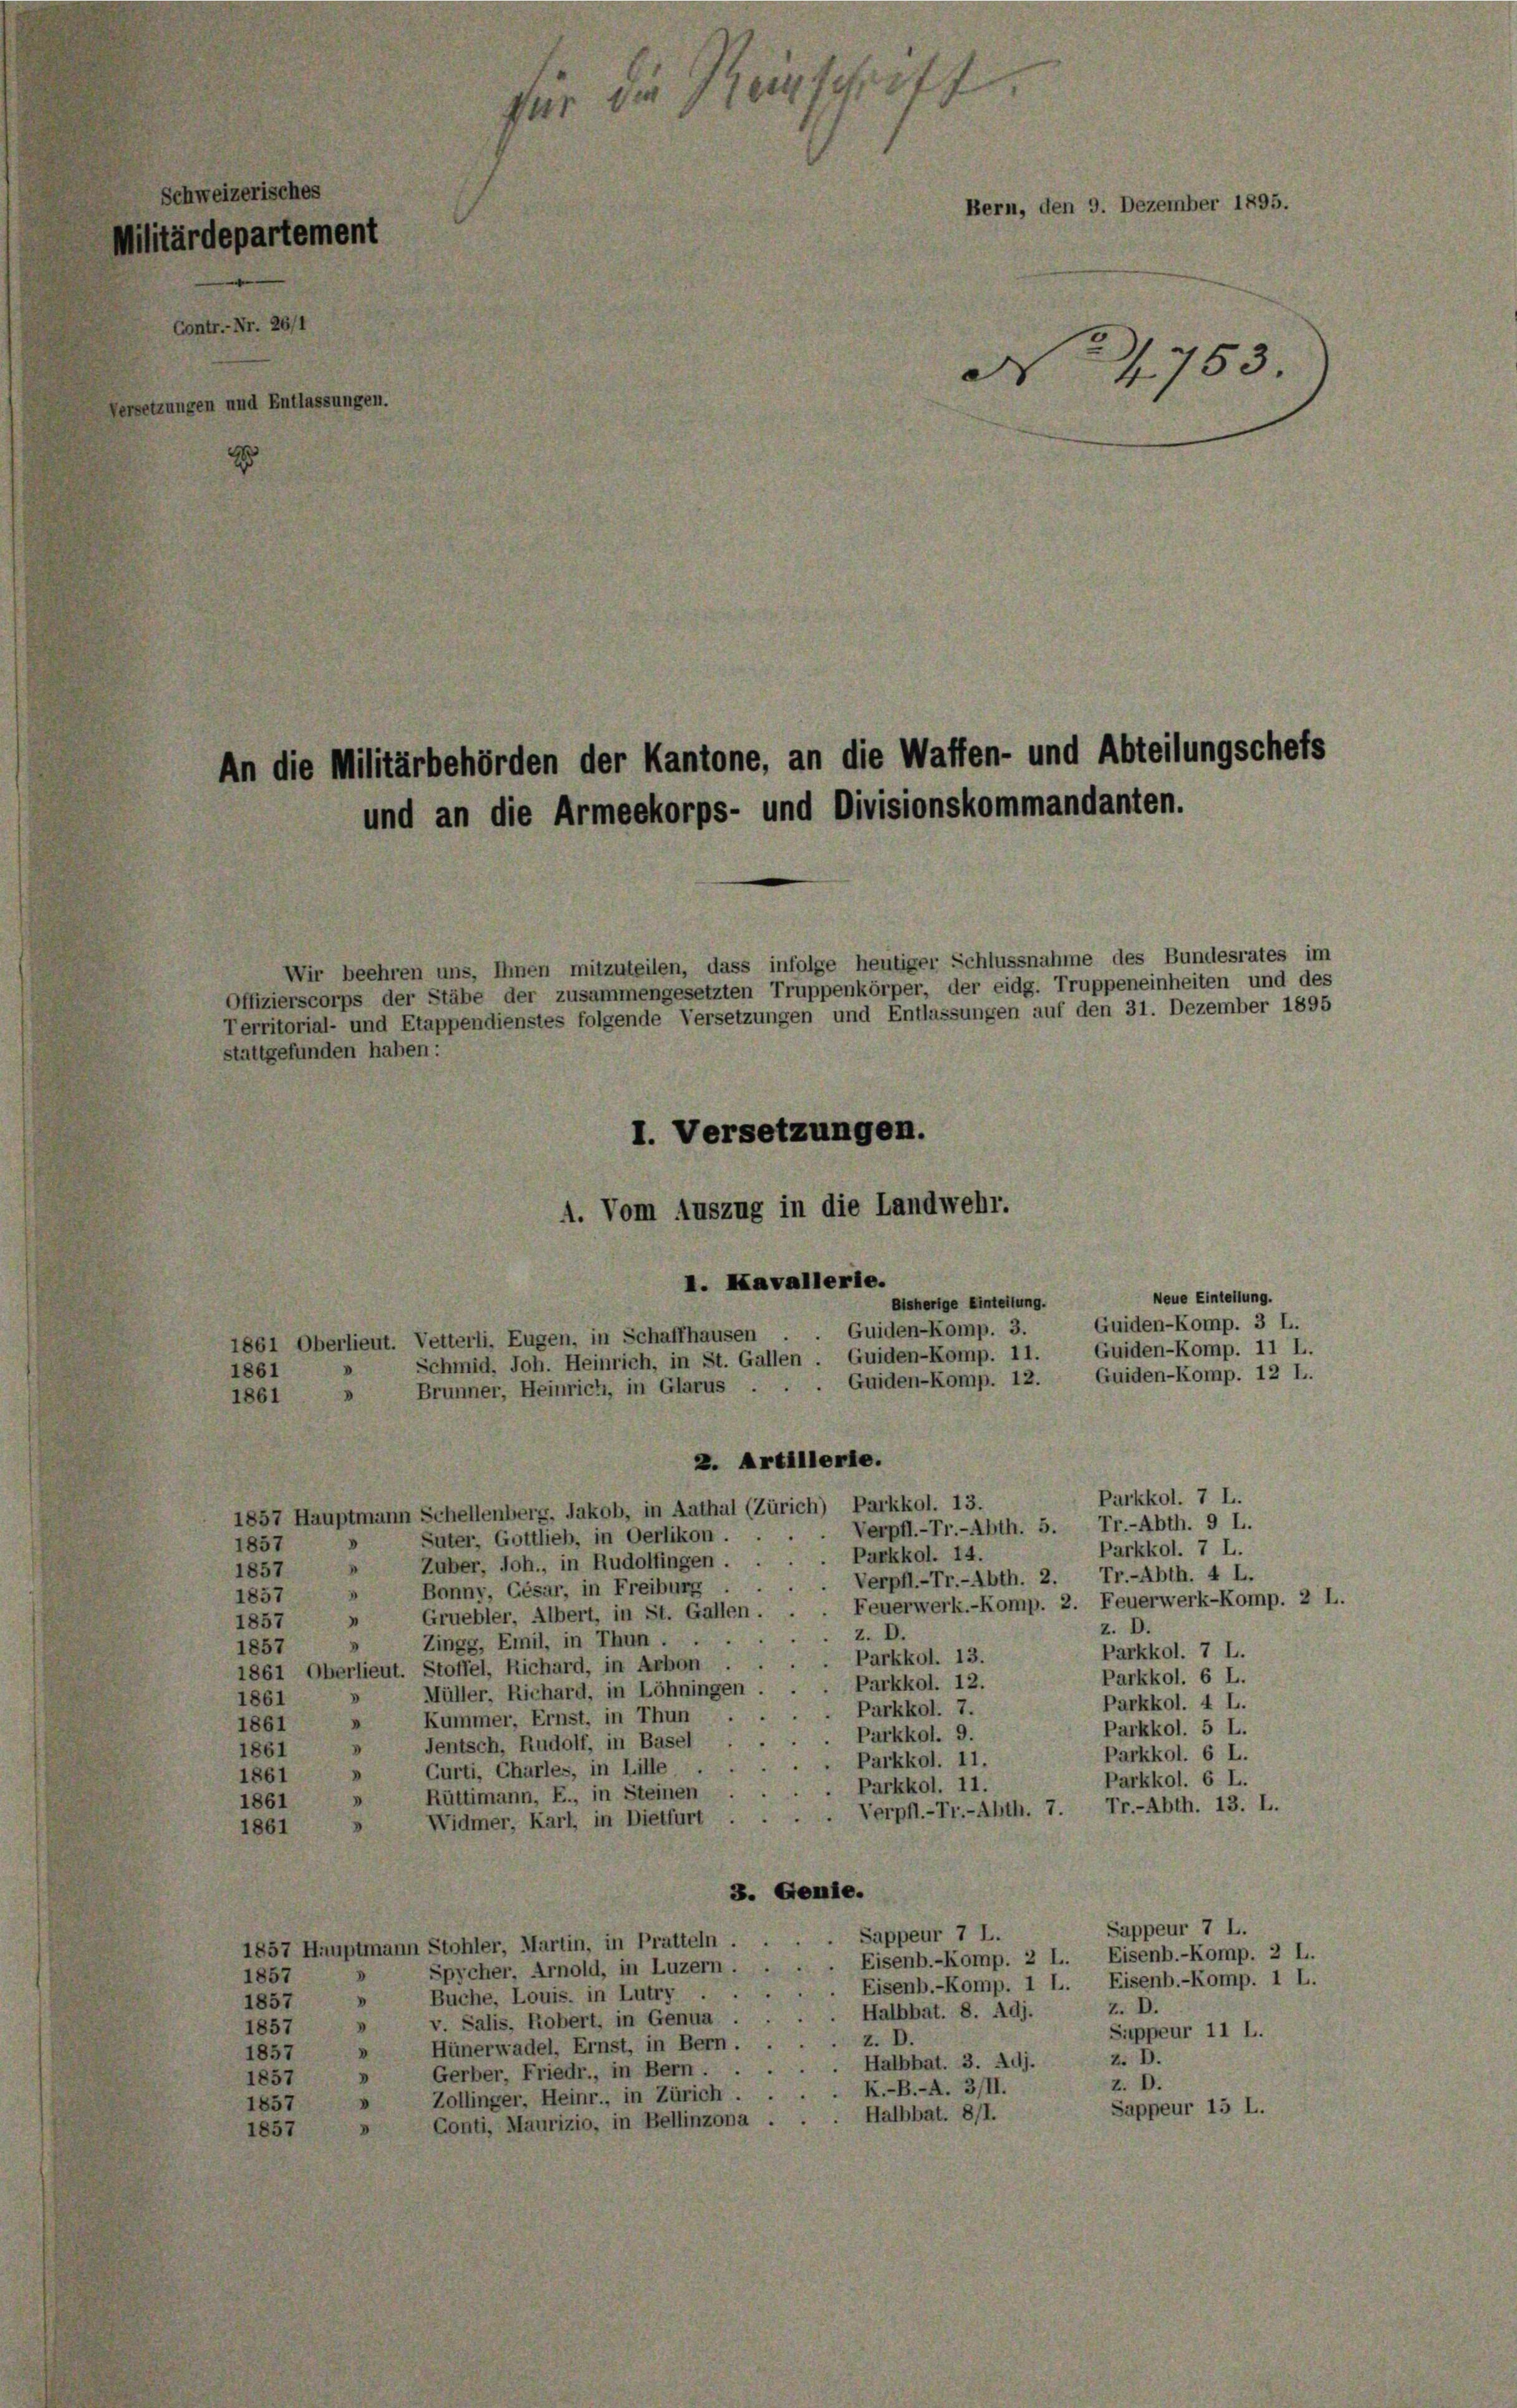
Schweizerisches
Militärdepartement
Contr.-Nr. 26/1
Versetzungen und Entlassungen.

für die 1tergriff
Bern, den 9. Dezember 1895.
A 4753.

An die Militärbehörden der Kantone, an die Waffen- und Abteilungschefs
und an die Armeekorps- und Divisionskommandanten.
Wir beehren uns, Ihnen mitzuteilen, dass infolge heutiger Schlussnahme des Bundesrates im
Offizierscorps der Stäbe der zusammengesetzten Truppenkörper, der eidg. Truppeneinheiten und des
Territorial- und Etappendienstes folgende Versetzungen und Entlassungen auf den 31. Dezember 1895
stattgefunden haben:
I. Versetzungen.
4. Vom Auszug in die Landwehr.
I. Kavallerie.
Neue Einteilung.
bisherige Einteilung.
Guiden-Komp. 3.
1861 Oberlieut. Vetterli, Eugen, in Schaffhausen
Schmid, Joh. Heinrich, in St. Gallen. Guiden-Komp. 11.
1861
Brunner, Heinrich, in Glarus . .
D
1861
2. Artillerie.
Parkkol. 7 L.
1857 Hauptmann Schellenberg, Jakob, in Aathal (Zürich) Parkkol. 13.
Verpfl.-Tr.-Abth. 5. Tr.-Abth. 9 L.
Suter, Gottlieb, in Oerlikon.
1857
Parkkol. 7 L.
Zuber, Joh., in Rudolfingen . . Parkkol. 14.
.
1857
. Verpfl.-Tr.-Abth. 2. Tr.-Abth. 4 L.
Bonny, Gésar, in Freiburg .
1
1857
Feuerwerk.-Komp. 2. Feuerwerk-Komp. 2 L.
Gruebler, Albert, in St. Gallen.
“
1857
z. D.
Z. D.
Zingg, Emil, in Thun ...
1857
Parkkol. 7 L.
Parkkol. 13.
1861 Oberlieut. Stoffel, Richard, in Arbon.
Parkkol. 6 L.
Parkkol. 12.
Müller. Richard, in Löhningen
1861
Parkkol. 4 L.
Parkkol. 7.
Kummer, Ernst, in Thun
I
1861
Parkkol. 5 L.
Parkkol. 9.
Jentsch, Rudolf, in Basel
d
1861
Parkkol. 6 L.
Parkkol. 11.
Curti, Charles, in Lille .
"
1861
Parkkol. 6 L.
. Parkkol. 11.
Rüttimann, E., in Steinen
I
1861
Verpfl.-Tr.-Abth. 7. Tr.-Abth. 13. L.
Widmer, Karl, in Dietfurt
1861
3. Genie.
Sappeur 7 L.
Sappeur 7 L.
1857 Hauptmann Stohler, Martin, in Pratteln.
Eisenb.-Komp. 2 L. Eisenb.-Komp. 2 L.
Spycher, Arnold, in Luzern . .
1857
Eisenb.-Komp. 1 L. Eisenb.-Komp. 1 L.
Buche, Louis. in Lutry.
V
1857
Z. D.
Halbbat. 8. Adj.
v. Salis, Robert, in Genua .
D
1857
Suppeur 11 L.
Z. D.
Hünerwadel, Ernst, in Bern . .
V
1857
Z. D.
Halbbat. 3. Adj.
Gerber, Friedr., in Bern.
.
1857
z. D.
K.-B.-A. 3/II.
Zollinger. Heinr., in Zürich ...
1857
Sappeur 15 L.
Halbbat. 811.
Conti, Maurizio, in Bellinzona .
1857
d

Guiden-Komp. 3 L.
Guiden-Komp. 11 L.
Guiden-Komp. 12. Guiden-Komp. 12 L.